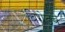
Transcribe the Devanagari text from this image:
बिग्रेडचे